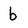
Character: b